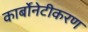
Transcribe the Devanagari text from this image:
कार्बोनेटीकरण